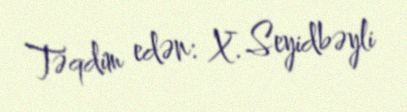
Təqdim edən: X. Seyidbəyli